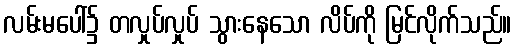
လမ်းမပေါ်၌ တလှုပ်လှုပ် သွားနေသော လိပ်ကို မြင်လိုက်သည်။